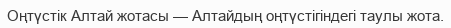
Оңтүстік Алтай жотасы — Алтайдың оңтүстігіндегі таулы жота.